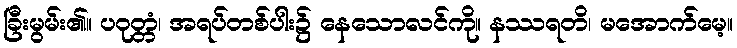
ခြီးမွမ်း၏။ ပဝုတ္တံ၊ အရပ်တစ်ပါး၌ နေသောလင်ကို။ နဿရတိ၊ မအောက်မေ့။